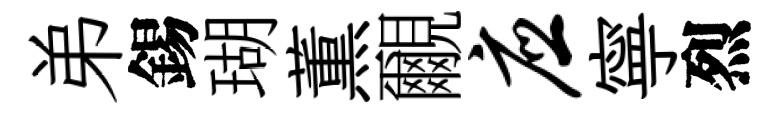
弟錫瑚薫覼应寧烈